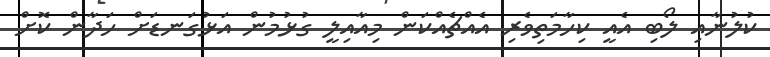
ކުލުނާއި ލޯބި އެއީ ކިހާމަތިވެރި އެއްޗެއްކަން މިއާއިލީ ގުޅުމުން އަޅުގަނޑަށް ހަދާން ކޮށް